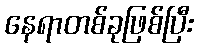
နေရာတစ်ခုဖြစ်ပြီး